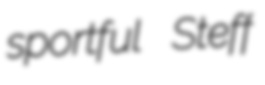
sportful Steff